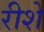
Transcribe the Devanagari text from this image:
रीशे